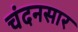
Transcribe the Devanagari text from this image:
चंदनसार